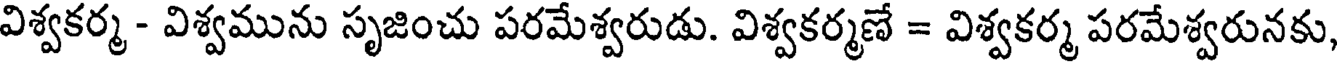
విశ్వకర్మ - విశ్వమును సృజించు పరమేశ్వరుడు. విశ్వకర్మణే = విశ్వకర్మ పరమేశ్వరునకు,